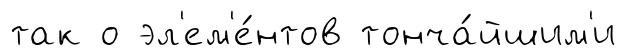
так о эл'ем'е́нтов тонча́йшим'и